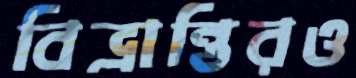
বিভ্রান্তিরও